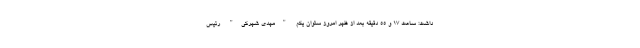
داشت: ساعت ۱۷ و ۵۵ دقیقه بعد از ظهر امروز ستوان یکم "مهدی شهرکی" رئیس